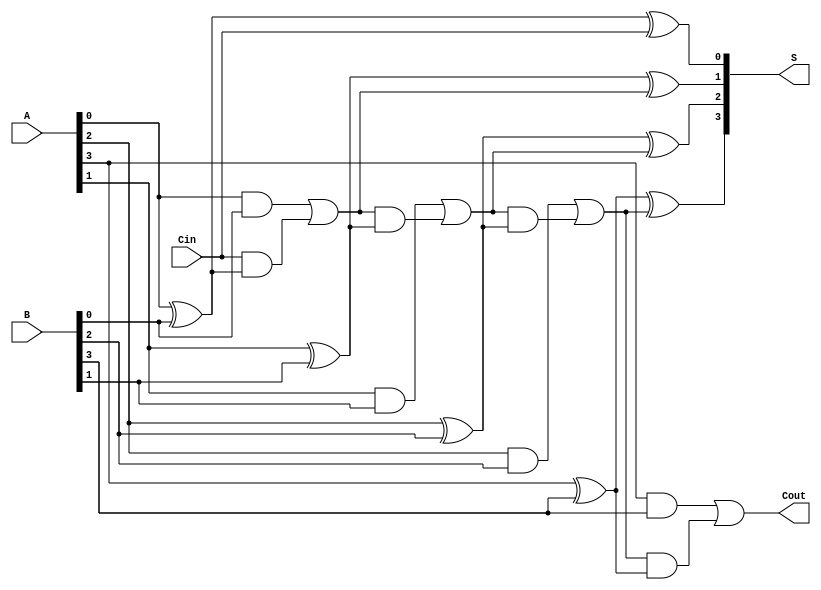
module ParallelFullAdder #(parameter n = 4) (
    input [n-1:0] A,     // n-bit input A
    input [n-1:0] B,     // n-bit input B
    input Cin,           // Carry input for the least significant bit
    output [n-1:0] S,    // n-bit sum output
    output Cout          // Carry output
);

    wire [n:0] Co;       // Carry outputs (Co[n] is the final carry-out)

    // Instantiate full adders for each bit
    genvar i;
    generate
        for (i = 0; i < n; i = i + 1) begin : full_adder
            if (i == 0) begin
                // For the least significant bit (LSB)
                assign S[i] = A[i] ^ B[i] ^ Cin; // Sum
                assign Co[i + 1] = (A[i] & B[i]) | (Cin & (A[i] ^ B[i])); // Carry out
            end else begin
                // For other bits
                assign S[i] = A[i] ^ B[i] ^ Co[i]; // Sum
                assign Co[i + 1] = (A[i] & B[i]) | (Co[i] & (A[i] ^ B[i])); // Carry out
            end
        end
    endgenerate

    assign Cout = Co[n]; // Final carry-out

endmodule